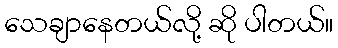
သေချာနေတယ်လို့ ဆို ပါတယ်။